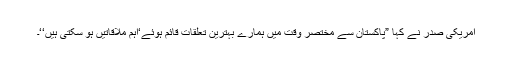
امریکی صدر نے کہا ”پاکستان سے مختصر وقت میں ہمارے بہترین تعلقات قائم ہوئے‘اہم ملاقاتیں ہو سکتی ہیں‘‘۔